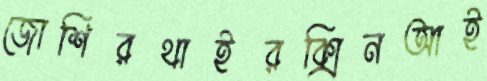
জোশিরথাইরক্সিনআই